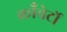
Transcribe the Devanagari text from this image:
काँचेर्टो